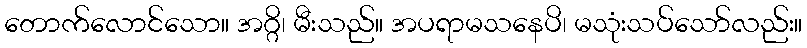
တောက်လောင်သော။ အဂ္ဂိ၊ မီးသည်။ အပရာမသနေပိ၊ မသုံးသပ်သော်လည်း။